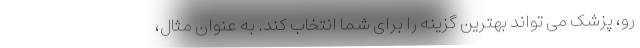
رو، پزشک می تواند بهترین گزینه را برای شما انتخاب کند. به عنوان مثال،